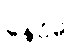
နေဝိဓ